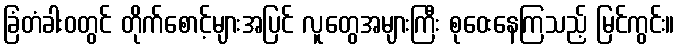
ခြံတံခါးဝတွင် တိုက်စောင့်များအပြင် လူတွေအများကြီး စုဝေးနေကြသည့် မြင်ကွင်း။